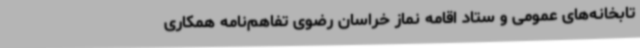
تابخانه‌های عمومی و ستاد اقامه نماز خراسان رضوی تفاهم‌نامه همکاری